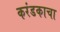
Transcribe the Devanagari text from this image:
करंडकाचा